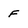
Character: F